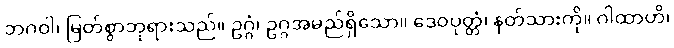
ဘဂဝါ၊ မြတ်စွာဘုရားသည်။ ဥဂ္ဂံ၊ ဥဂ္ဂအမည်ရှိသော။ ဒေဝပုတ္တံ၊ နတ်သားကို။ ဂါထာဟိ၊